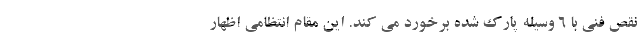
نقص فنی با ۶ وسیله پارک شده برخورد می کند. این مقام انتظامی اظهار